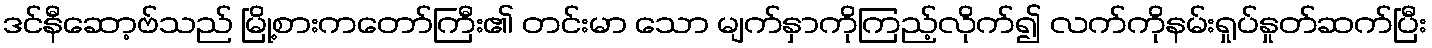
ဒင်နီဆော့ဗ်သည် မြို့စားကတော်ကြီး၏ တင်းမာ သော မျက်နှာကိုကြည့်လိုက်၍ လက်ကိုနမ်းရှုပ်နှုတ်ဆက်ပြီး